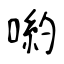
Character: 喲